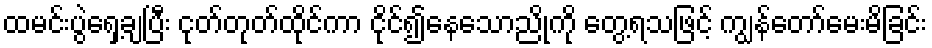
ထမင်းပွဲရှေ့ချပြီး ငုတ်တုတ်ထိုင်ကာ ငိုင်၍နေသောညိုကို တွေ့ရသဖြင့် ကျွန်တော်မေးမိခြင်း